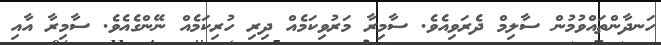
ހަނދާންތައްވުމުން ސާލިމް ދެރަވިއެވެ. ސާމިރާ މަރުވިކަމެއް ދިރި ހުރިކަމެއް ނޭންގެއެވެ. ސާމިރާ އާއި